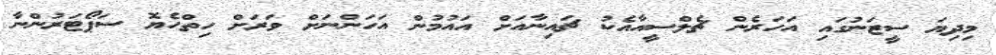
މިދިޔަ ސީޒަނުގައި އަހަރެން ޗެލްސީއާއެކު ޗައިނާއަށް އައުމުން އަހަންނަށް ވަރަށް ހިތްހެޔޮ ސަޕޯޓަރުންނާ